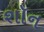
શૉન